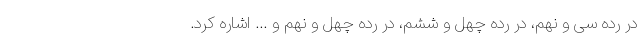
در رده سی و نهم، در رده چهل و ششم، در رده چهل و نهم و ... اشاره کرد.